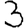
Digit: 3